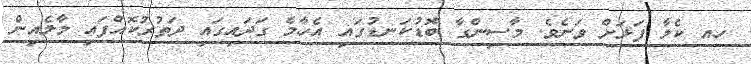
ހއ ކެލާ ފަޅަށް ވަނެވެ. މާސިންގާ ބޮޑުކަނޑުގައި އެހާމެ ގަދައިގައި ދަތުރުކޮއްފައި މާލެއިން